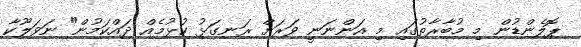
ޕޮލެންޑުން މި މުބާރާތުގައި މި އަންނަނީ ވަރަށް ރަނގަޅު ކުޅުމެއް ދައްކަމުން" ނަވަލޫކާ